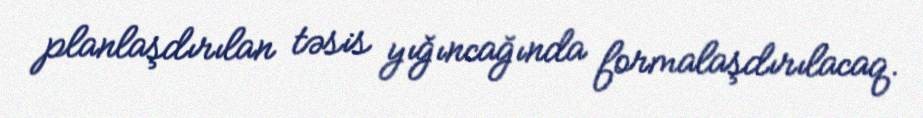
planlaşdırılan təsis yığıncağında formalaşdırılacaq.